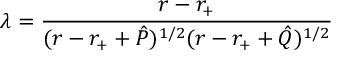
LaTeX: \lambda = { \frac { r - r _ { + } } { ( r - r _ { + } + \hat { P } ) ^ { 1 / 2 } ( r - r _ { + } + \hat { Q } ) ^ { 1 / 2 } } }